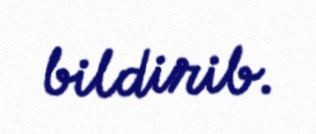
bildirib.